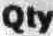
QTY